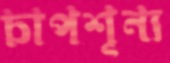
চাপশূন্য